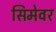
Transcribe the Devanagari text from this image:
सिमेवर